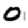
Digit: 0